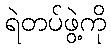
ရဲတပ်ဖွဲ့ကို